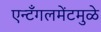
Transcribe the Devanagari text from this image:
एन्टँगलमेंटमुळे